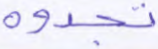
تجدوه